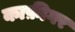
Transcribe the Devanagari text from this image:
काफ़ीगर